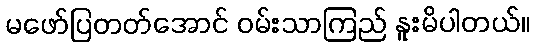
မဖော်ပြတတ်အောင် ဝမ်းသာကြည် နူးမိပါတယ်။